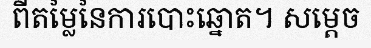
ពីតម្លៃនៃការបោះឆ្នោត។ សម្តេច